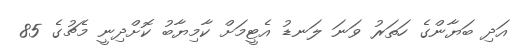
އަދި ބަޔާންގެ ހަތަރު ވަނަ ލަނޑު އެޓީމަށް ކާމިޔާބު ކޮށްދިނީ މެޗުގެ 85